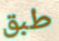
طبق